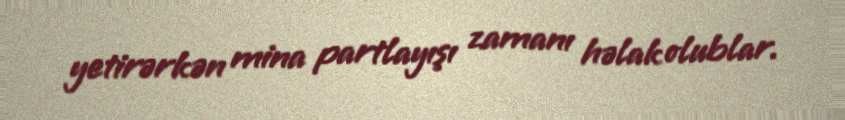
yetirərkən mina partlayışı zamanı həlak olublar.